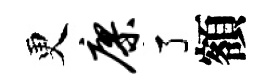
更廖了額